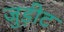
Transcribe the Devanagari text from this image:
जुड़ीट